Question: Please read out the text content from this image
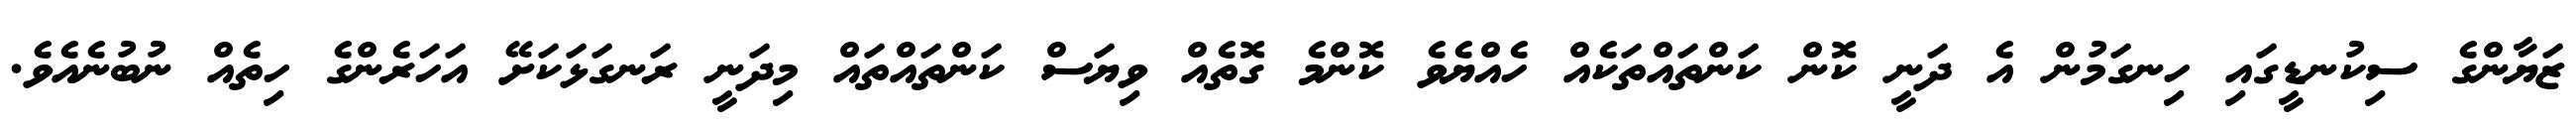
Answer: ޒަޔާންގެ ސިކުނޑީގައި ހިނގަމުން އެ ދަނީ ކޮން ކަންތައްތަކެއް ހެއްޔެވެ ކޮންމެ ގޮތެއް ވިޔަސް ކަންތައްތައް މިދަނީ ރަނގަޅަކަށޭ އަހަރެންގެ ހިތެއް ނުބުނެއެވެ.